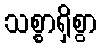
သစ္စာရှိစွာ